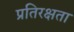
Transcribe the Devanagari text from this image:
प्रतिरक्षता